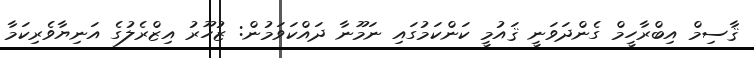
ޤާސިމް އިބްރާހީމް ގެންދަވަނީ ޤައުމީ ކަންކަމުގައި ނަމޫނާ ދައްކަވަމުން: ޒުހޫރު އިޒްރެލުގެ އަނިޔާވެރިކަމާ